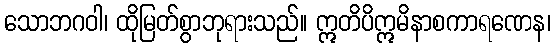
သောဘဂဝါ၊ ထိုမြတ်စွာဘုရားသည်။ ဣတိပိဣမိနာစကာရဏေန၊